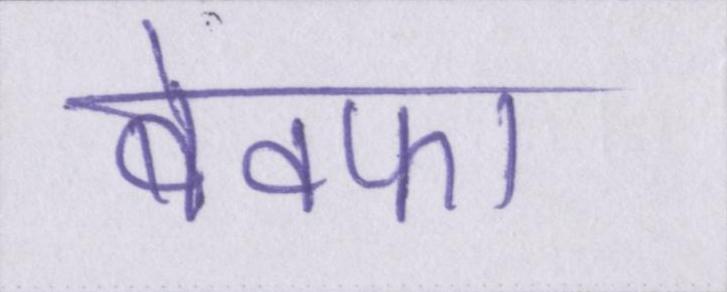
बेवफा